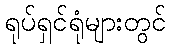
ရုပ်ရှင်ရုံများတွင်